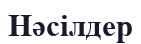
Нәсілдер